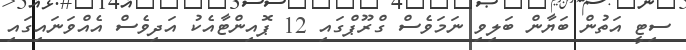
ސިޓީ އަތުން ބަޔާން ބަލިވި ނަމަވެސް ގްރޫޕްގައި 12 ޕޮއިންޓާއެކު އަދިވެސް އެއްވަނައިގައި